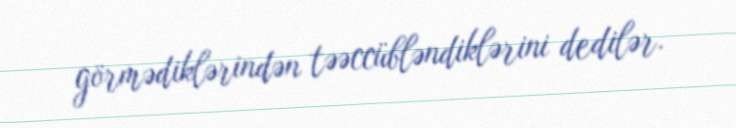
görmədiklərindən təəccübləndiklərini dedilər.